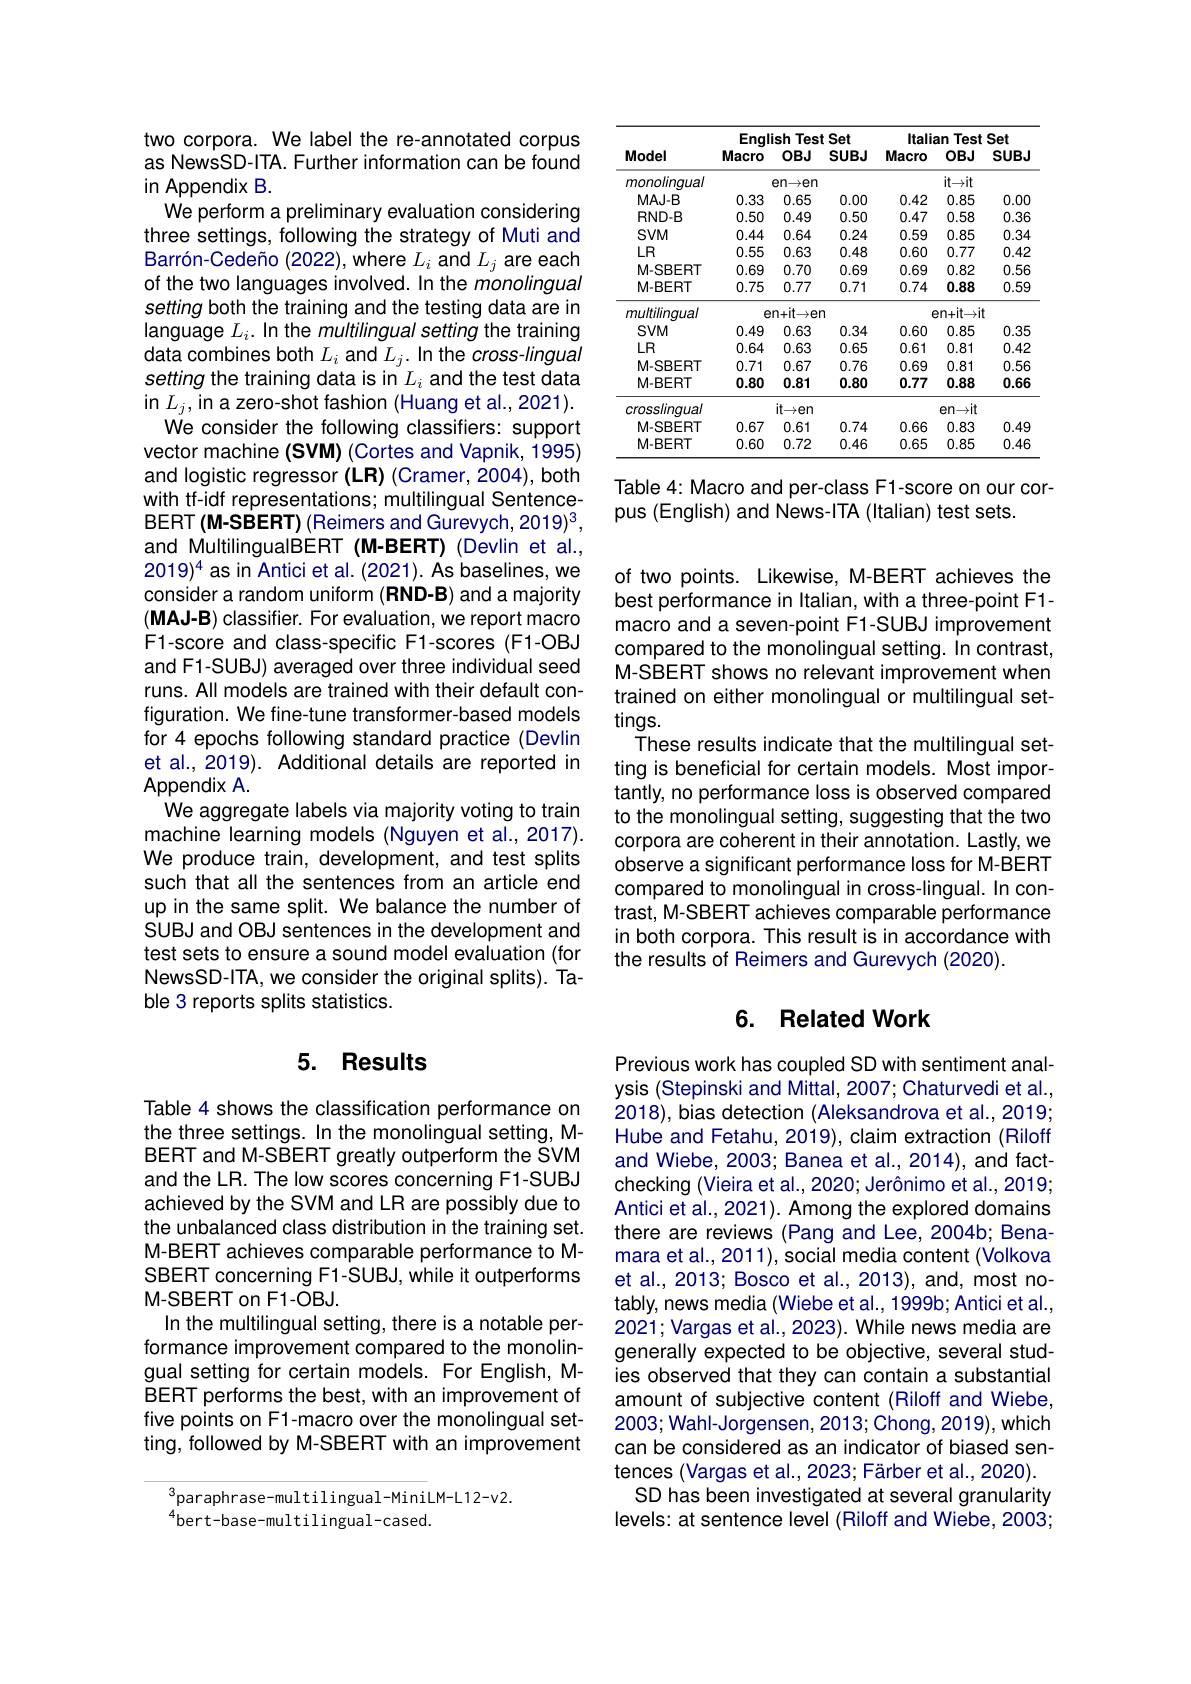
two corpora. We label the re-annotated corpus as NewsSD-ITA. Further information can be found in Appendix B.
We perform a preliminary evaluation considering three settings, following the strategy of Muti and Barrón-Cedeño (2022), where $L_i$ and $L_j$ are each of the two languages involved. In the monolingual setting both the training and the testing data are in language $L_i.$ In the multilingual setting the training data combines both $L_i$ and $L_j.$ In the cross-lingual setting the training data is in $L_i$ and the test data in $L_{j}$,in a zero-shot fashion (Huang et al.,2021). We consider the following classifiers: support vector machine (SVM) (Cortes and Vapnik, 1995) and logistic regressor (LR) (Cramer, 2004), both with tf-idf representations; multilingual SentenceBERT (M-SBERT) (Reimers and Gurevych, 2019)3, and MultilingualBERT (M-BERT) (Devlin et al., $2019)^4$ as in Antici et al. (2021). As baselines, we consider a random uniform (RND-B) and a majority $(\mathbf{MAJ-B})$ classifier. For evaluation, we report macro F1-score and class-specific F1-scores (F1-OBJ and F1-SUBJ) averaged over three individual seed runs. All models are trained with their default configuration. We fine-tune transformer-based models for 4 epochs following standard practice (Devlin et al., 2019). Additional details are reported in $\mathsf{Appendix}$A
We aggregate labels via majority voting to train machine learning models (Nguyen et al., 2017). We produce train, development, and test splits such that all the sentences from an article end up in the same split. We balance the number of SUBJ and OBJ sentences in the development and test sets to ensure a sound model evaluation (for NewsSD-ITA, we consider the original splits). Table 3 reports splits statistics.

## 5. Results

Table 4 shows the classification performance on the three settings. In the monolingual setting, MBERT and M-SBERT greatly outperform the ŠVM and the LR. The low scores concerning F1-SUBJ achieved by the SVM and LR are possibly due to the unbalanced class distribution in the training set. M-BERT achieves comparable performance to MSBERT concerning F1-SUBJ, while it outperforms M-SBERT on F1-OBJ.
In the multilingual setting, there is a notable performance improvement compared to the monolingual setting for certain models. For English, MBERT performs the best, with an improvement of five points on F1-macro over the monolingual setting, followed by M-SBERT with an improvement

$^{3}$paraphrase-multilingual-MiniLM-L12-v2.
$^{4}$bert-base-multilingual-cased.

<table>
	<tbody>
		<tr>
			<th rowspan="2">Model</th>
			<th colspan="3">Enalish $\textbf{Test Set}$</th>
			<th colspan="3">Italian Test Set</th>
		</tr>
		<tr>
			<th>Macro</th>
			<th>$OBJ$</th>
			<th>$SUBJ$</th>
			<th>Macro</th>
			<th>$OBJ$</th>
			<th>$SUBJ$</th>
		</tr>
		<tr>
			<td>monolinqual</td>
			<td> </td>
			<td>en$\to$en</td>
			<td> </td>
			<td> </td>
			<td>it$\to$it</td>
			<td> </td>
		</tr>
		<tr>
			<td>MAJ-B</td>
			<td>0.33</td>
			<td>0.65</td>
			<td>0.00</td>
			<td>0.42</td>
			<td>0.85</td>
			<td>0.00</td>
		</tr>
		<tr>
			<td>RND-B</td>
			<td>0.50</td>
			<td>0.49</td>
			<td>0.50</td>
			<td>0.47</td>
			<td>0.58</td>
			<td>0.36</td>
		</tr>
		<tr>
			<td>$SVM$</td>
			<td>0.44</td>
			<td>0.64</td>
			<td>0.24</td>
			<td>0.59</td>
			<td>0.85</td>
			<td>0.34</td>
		</tr>
		<tr>
			<td>$LR$</td>
			<td>0.55</td>
			<td>0.63</td>
			<td>0.48</td>
			<td>0.60</td>
			<td>0.77</td>
			<td>0.42</td>
		</tr>
		<tr>
			<td>M-SBERT</td>
			<td>0.69</td>
			<td>0.70</td>
			<td>0.69</td>
			<td>0.69</td>
			<td>0.82</td>
			<td>0.56</td>
		</tr>
		<tr>
			<td>M-BERT</td>
			<td>0.75</td>
			<td>0.77</td>
			<td>0.71</td>
			<td>0.74</td>
			<td>0.88</td>
			<td>0.59</td>
		</tr>
		<tr>
			<td>multilingual</td>
			<td>e</td>
			<td>${\mathrm{n+it\to er}}$</td>
			<td>1</td>
			<td> </td>
			<td>en+ it$\to$it</td>
			<td> </td>
		</tr>
		<tr>
			<td>$SVM$</td>
			<td>0.49</td>
			<td>0.63</td>
			<td>0.34</td>
			<td>0.60</td>
			<td>0.85</td>
			<td>0.35</td>
		</tr>
		<tr>
			<td>$LR$</td>
			<td>0.64</td>
			<td>0.63</td>
			<td>0.65</td>
			<td>0.61</td>
			<td>0.81</td>
			<td>0.42</td>
		</tr>
		<tr>
			<td>M-SBERT</td>
			<td>0.71</td>
			<td>0.67</td>
			<td>0.76</td>
			<td>0.69</td>
			<td>0.81</td>
			<td>0.56</td>
		</tr>
		<tr>
			<td>M-BERT</td>
			<td>0.80</td>
			<td>0.81</td>
			<td>0.80</td>
			<td>0.77</td>
			<td>0.88</td>
			<td>0.66</td>
		</tr>
		<tr>
			<td>crosslingual</td>
			<td> </td>
			<td>it$\to$en</td>
			<td> </td>
			<td colspan="3">en$\to$it</td>
		</tr>
		<tr>
			<td>M-SBERT</td>
			<td>0.67</td>
			<td>0.61</td>
			<td>0.74</td>
			<td>0.66</td>
			<td>0.83</td>
			<td>0.49</td>
		</tr>
		<tr>
			<td>M-BERT</td>
			<td>0.60</td>
			<td>0.72</td>
			<td>0.46</td>
			<td>0.65</td>
			<td>0.85</td>
			<td>0.46</td>
		</tr>
	</tbody>
</table>
Table 4: Macro and per-class F1-score on our cor-

pus (English) and News-ITA (Italian) test sets.

of two points. Likewise, M-BERT achieves the best performance in Italian, with a three-point F1- macro and a seven-point F1-SUBJ improvement compared to the monolingual setting. In contrast, M-SBERT shows no relevant improvement when trained on either monolingual or multilingual settings.
These results indicate that the multilingual setting is beneficial for certain models. Most importantly, no performance loss is observed compared to the monolingual setting, suggesting that the two corpora are coherent in their annotation. Lastly, we observe a significant performance loss for M-BERT compared to monolingual in cross-lingual. In contrast, M-SBERT achieves comparable performance in both corpora. This result is in accordance with the results of Reimers and Gurevych (2020).

## 6. Related Work

Previous work has coupled SD with sentiment analysis (Stepinski and Mittal, 2007; Chaturvedi et al., 2018), bias detection (Aleksandrova et al., 2019; Hube and Fetahu, 2019), claim extraction (Riloff and Wiebe, 2003; Banea et al., 2014), and factchecking (Vieira et al., 2020; Jerônimo et al., 2019; Antici et al., 2021). Among the explored domains there are reviews (Pang and Lee, 2004b; Benamara et al., 201 1), social media content ( Volkova et al., 2013; Bosco et al., 2013), and, most notably, news media (Wiebe et al., 1999b; Antici et al., 2021; Vargas et al., 2023). While news media are generally expected to be objective, several studies observed that they can contain a substantial amount of subjective content (Riloff and Wiebe, 2003; Wahl-Jorgensen, 2013; Chong, 2019), which can be considered as an indicator of biased sentences (Vargas et al., 2023; Färber et al., 2020).
SD has been investigated at several granularity levels: at sentence level (Riloff and Wiebe, 2003;